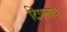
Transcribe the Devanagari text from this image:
टिपलाय